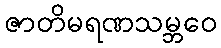
ဇာတိမရဏသမ္ဘဝေ